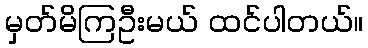
မှတ်မိကြဦးမယ် ထင်ပါတယ်။